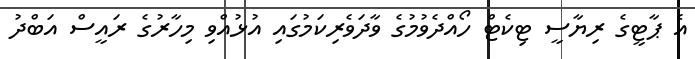
އެ ޕާޓީގެ ރިޔާސީ ޓިކެޓް ހޯއްދެވުމުގެ ވާދަވެރިކަމުގައި އުޅުއްވި މިހާރުގެ ރައީސް އަބްދު